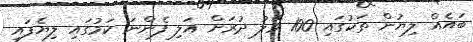
ބައެއް ލިޔުން ތަކުގައި 100 މޭލު ދުރަށް އަލި ފެންނަ ކަމުގައި ލިޔެފައި